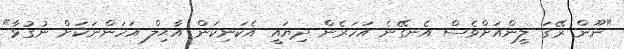
"ނޫން ރޭގަ ލީންއަށްވެސް އެނގޭނެ އަހަރެން ދިޔައީ އެކަނިކަން އާޙިލް އަހަންނަކަށް ނުގުޅާ"